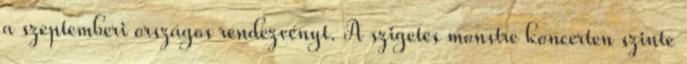
a szeptemberi országos rendezvényt. A szigetes monstre koncerten szinte